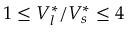
1 \leq V _ { l } ^ { * } / V _ { s } ^ { * } \leq 4